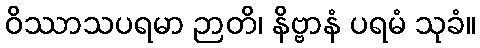
ဝိဿာသပရမာ ဉာတိ၊ နိဗ္ဗာနံ ပရမံ သုခံ။